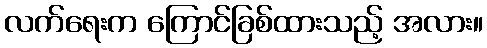
လက်ရေးက ကြောင်ခြစ်ထားသည့် အလား။